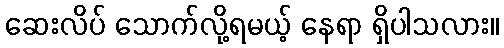
ဆေးလိပ် သောက်လို့ရမယ့် နေရာ ရှိပါသလား။